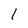
Character: I